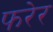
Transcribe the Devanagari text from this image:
फरेर